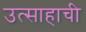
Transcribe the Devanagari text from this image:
उत्साहाची